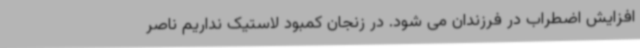
افزایش اضطراب در فرزندان می شود. در زنجان کمبود لاستیک نداریم ناصر